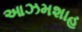
આઝમશાહ